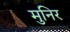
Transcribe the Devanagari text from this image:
मुनिर